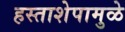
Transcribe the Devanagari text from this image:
हस्ताशेपामुळे